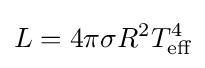
L=4\pi \sigma R^{2}T_{\text{eff}}^{4}